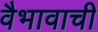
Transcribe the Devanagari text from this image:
वैभावाची